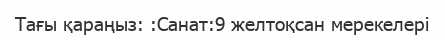
Тағы қараңыз: :Санат:9 желтоқсан мерекелері